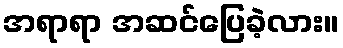
အရာရာ အဆင်ပြေခဲ့လား။